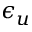
\epsilon _ { u }